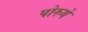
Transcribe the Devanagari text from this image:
पोरुये